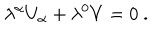
\lambda ^ { \alpha } U _ { \alpha } + \lambda ^ { 0 } V = 0 \ .